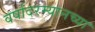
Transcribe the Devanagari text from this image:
वर्षांदरम्यानच्या